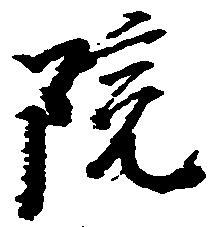
院